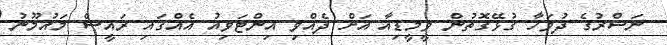
ނަސްރުގެ ދުވަހާ ގުޅޭގޮތުން ވީމީޑިއާ އަށް ދެއްވި އިންޓަވިއު އެއްގައި ރައީސް މައުމޫނު